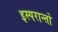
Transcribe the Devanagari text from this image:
इस्परान्तो